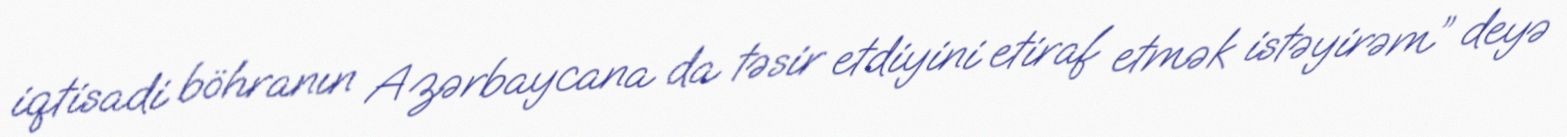
iqtisadi böhranın Azərbaycana da təsir etdiyini etiraf etmək istəyirəm” deyə